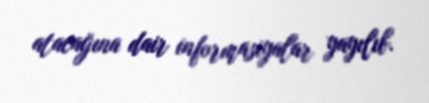
atacağına dair informasiyalar yayılıb.